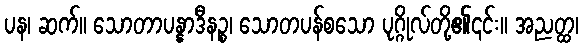
ပန၊ ဆက်။ သောတာပန္နာဒီနဉ္စ၊ သောတပန်စသော ပုဂ္ဂိုလ်တို့၏၎င်း။ အညတ္ထ၊